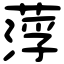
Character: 𦷰